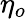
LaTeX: \eta_{o}